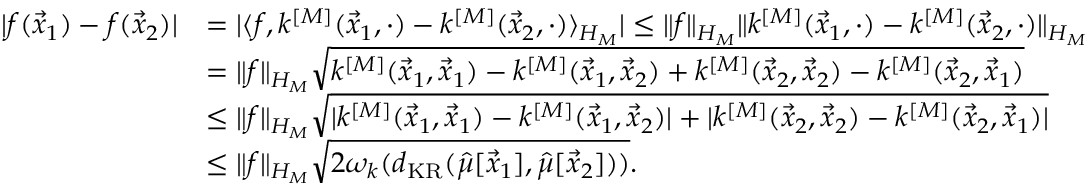
\begin{array} { r l } { | f ( \vec { x } _ { 1 } ) - f ( \vec { x } _ { 2 } ) | } & { = | \langle f , k ^ { [ M ] } ( \vec { x } _ { 1 } , \cdot ) - k ^ { [ M ] } ( \vec { x } _ { 2 } , \cdot ) \rangle _ { H _ { M } } | \leq \| f \| _ { H _ { M } } \| k ^ { [ M ] } ( \vec { x } _ { 1 } , \cdot ) - k ^ { [ M ] } ( \vec { x } _ { 2 } , \cdot ) \| _ { H _ { M } } } \\ & { = \| f \| _ { H _ { M } } \sqrt { k ^ { [ M ] } ( \vec { x } _ { 1 } , \vec { x } _ { 1 } ) - k ^ { [ M ] } ( \vec { x } _ { 1 } , \vec { x } _ { 2 } ) + k ^ { [ M ] } ( \vec { x } _ { 2 } , \vec { x } _ { 2 } ) - k ^ { [ M ] } ( \vec { x } _ { 2 } , \vec { x } _ { 1 } ) } } \\ & { \leq \| f \| _ { H _ { M } } \sqrt { | k ^ { [ M ] } ( \vec { x } _ { 1 } , \vec { x } _ { 1 } ) - k ^ { [ M ] } ( \vec { x } _ { 1 } , \vec { x } _ { 2 } ) | + | k ^ { [ M ] } ( \vec { x } _ { 2 } , \vec { x } _ { 2 } ) - k ^ { [ M ] } ( \vec { x } _ { 2 } , \vec { x } _ { 1 } ) | } } \\ & { \leq \| f \| _ { H _ { M } } \sqrt { 2 \omega _ { k } ( d _ { \mathrm { K R } } ( \hat { \mu } [ \vec { x } _ { 1 } ] , \hat { \mu } [ \vec { x } _ { 2 } ] ) ) } . } \end{array}